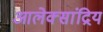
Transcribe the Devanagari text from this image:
आलेक्सांद्रिय